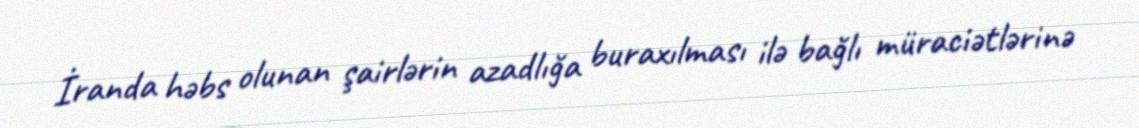
İranda həbs olunan şairlərin azadlığa buraxılması ilə bağlı müraciətlərinə